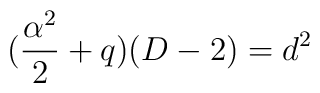
(\frac{\alpha ^{2}}{2}+q )(D -2)=d^{2}